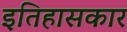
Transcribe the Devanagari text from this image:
इतिहासकार